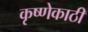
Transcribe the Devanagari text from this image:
कृष्णेकाठी